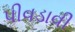
પીવડાવી